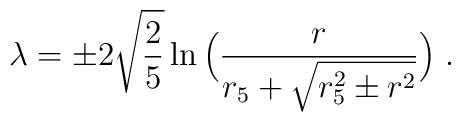
\lambda = \pm 2\sqrt{\frac{2}{5}}\ln\Big(\frac{r}{r_5+\sqrt{r_5^2\pm r^2}}\Big) \; .